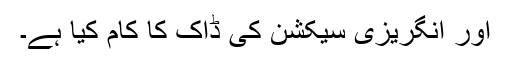
اور انگریزی سیکشن کی ڈاک کا کام کیا ہے۔